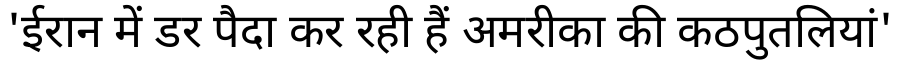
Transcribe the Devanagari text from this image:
'ईरान में डर पैदा कर रही हैं अमरीका की कठपुतलियां'